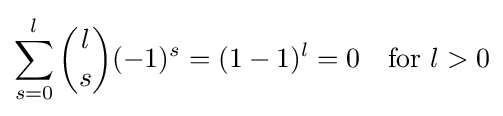
\sum _{s=0}^{l}{\binom {l}{s}}(-1)^{s}=(1-1)^{l}=0\quad {\mbox{for }}l>0